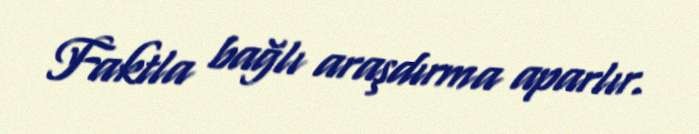
Faktla bağlı araşdırma aparlır.